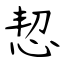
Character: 恝